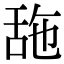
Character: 𦧓